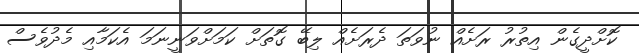
ކޮށްދީގެން އިތުރު ރަށެއް ނުވަތަ ދެރަށެެއް ލިބޭ ގޮތަށް ކަމަށްވަނީނަމަ އެކަމާއި މެދުވެސް